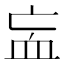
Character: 衁